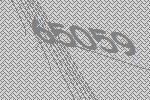
65059